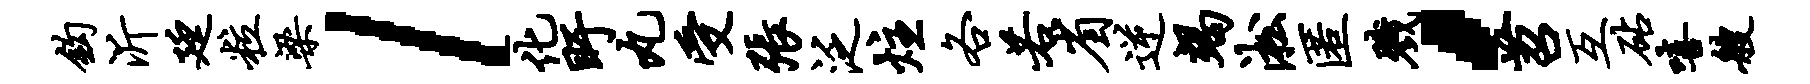
钩沂廷粒梁l化盱丸受张泛炷各若省逆竭淞匿戮，苕互砧嘻艘